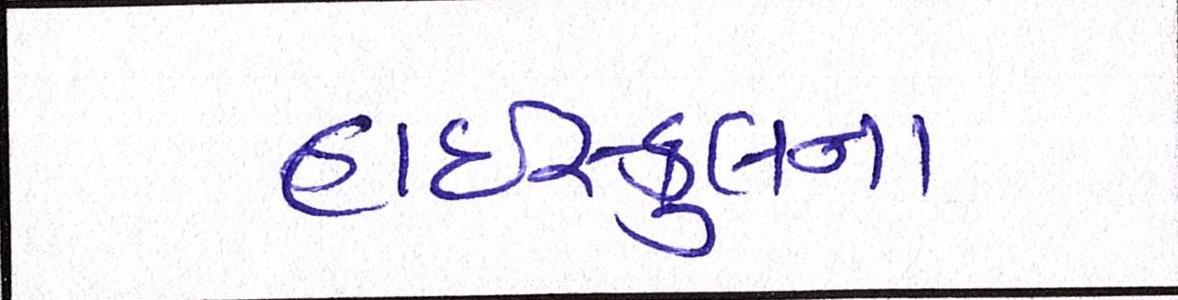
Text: હાઇસ્કુલના